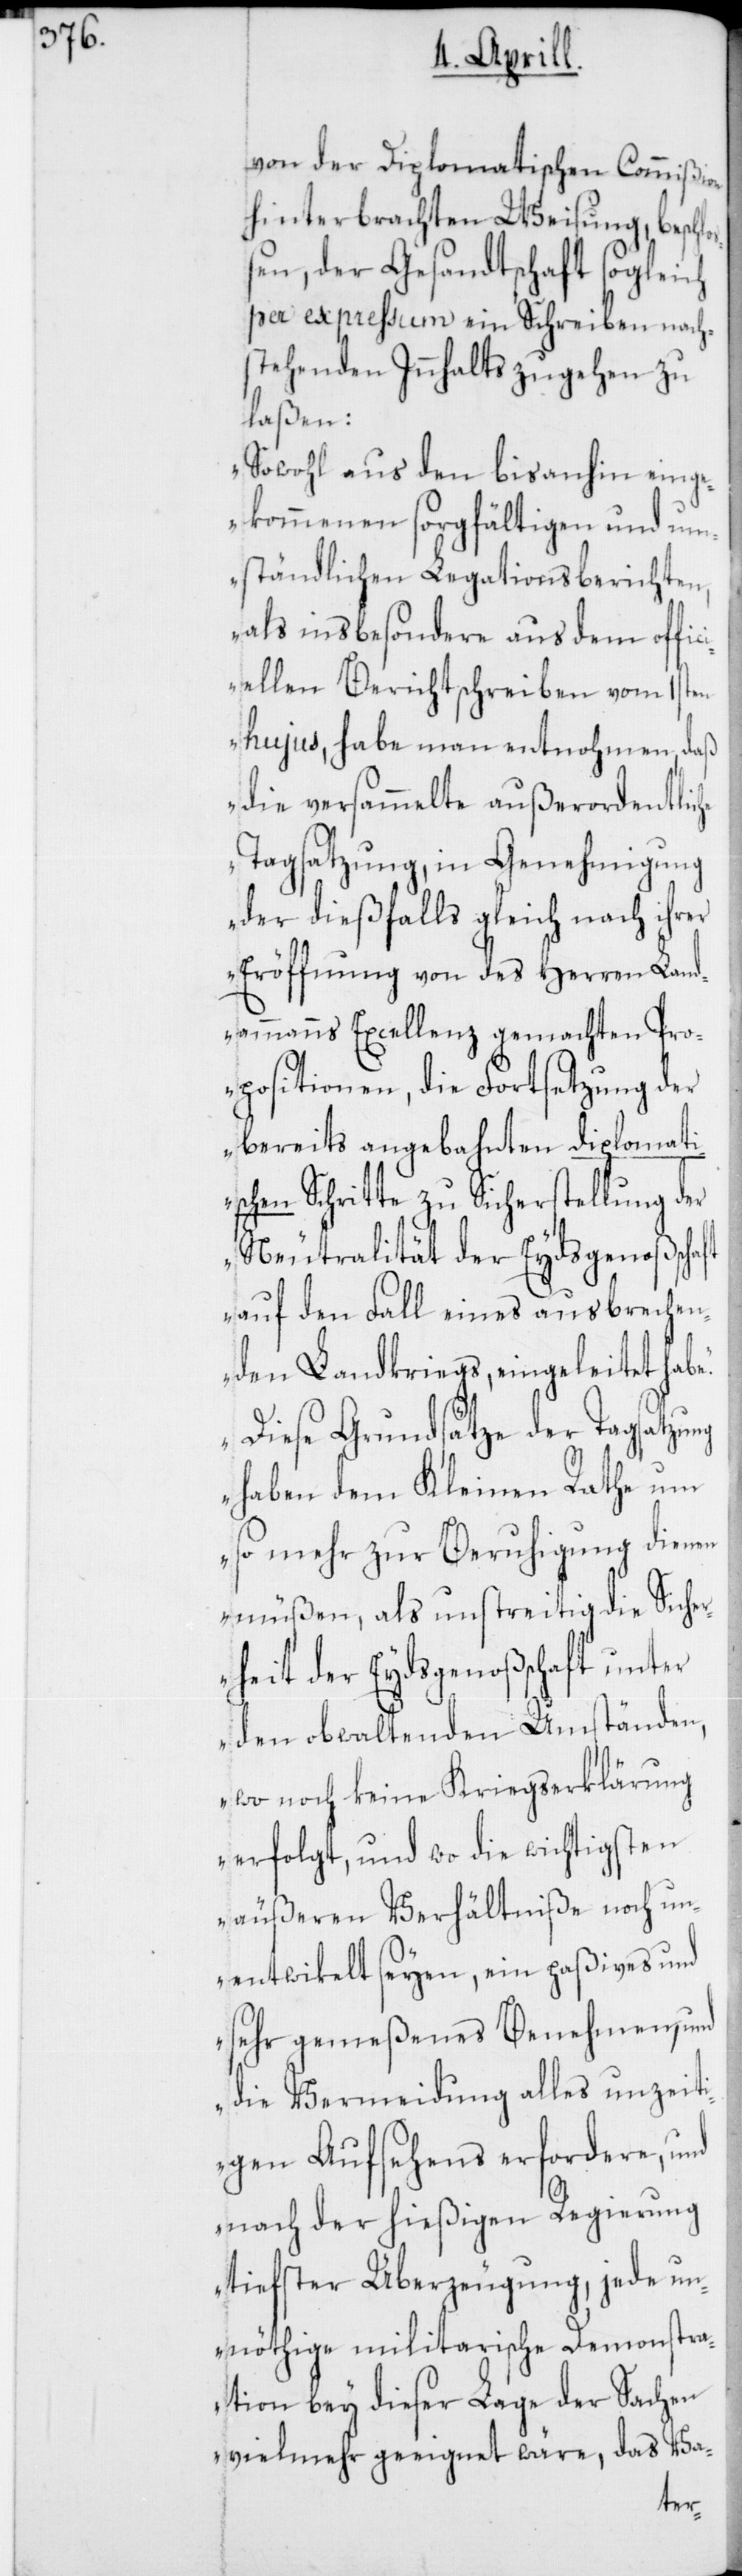
von der Diplomatischen Commißion
hinterbrachten Weisung, beschlo¬
ßen, der Gesandtschaft sogleich
per expreßum ein Schreiben nach¬
stehenden Innhalts zugehen zu
laßen:
„Sowohl aus den bis anhin eing¬
ekommenen sorgfältigen und um¬
ständlichen Legationsberichten,
als insbesondere aus dem offici¬
ellen Berichtschreiben vom 1sten
hujus, habe man entnohmen, daß
die versammelte außerordentliche
Tagsatzung, in Genehmigung
der dießfalls gleich nach ihrer
Eröffnung von des Herren Land¬
ammanns Excellenz gemachten Pro¬
positionen, die Fortsetzung der
bereits angebahnten diplomati¬
chen Schritte zu Sicherstellung der
Neutralität der Eydsgenoßensc¬
auf den Fall eines ausbrechen¬
den Landkriegs, eingeleitet habe.
Diese Grundsätze der Tagsatzung
haft
haben dem Kleinen Rathe um
so mehr zur Beruhigung dienen
müßen, als unstreitig die Siche¬
rheit der Eydsgenoßenschaft unter
den obwaltenden Umständen,
wo noch keine Kriegserklärung
erfolgt, und wo die wichtigsten
äußeren Verhältniße noch un¬
entwikelt seyen, ein paßives und
sehr gemeßenes Benehmen, und
die Vermeidung alles unzeit¬
igen Aufsehens erfordere, und
nach der hießigen Regierung
tiefster Überzeugung, jede un¬
nöthige militarische Demonstra¬
tion bey dieser Lage der Sachen
vielmehr geeignet wäre, das Va-